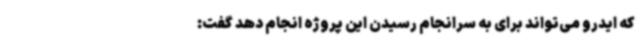
که ایدرو می‌تواند برای به سرانجام رسیدن این پروژه انجام دهد گفت: